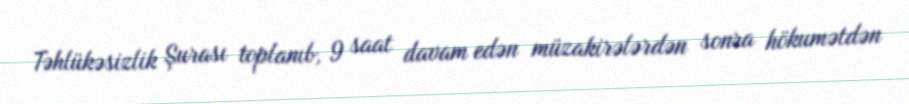
Təhlükəsizlik Şurası toplanıb, 9 saat davam edən müzakirələrdən sonra hökumətdən